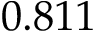
0 . 8 1 1